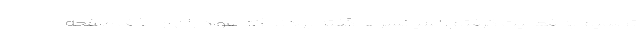
تصمیم به فعالیت گرفتم. اسپانسرها گفته بودند که هواداران از حذف صفحه